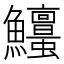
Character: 𩽱